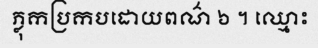
ភ្លុកប្រកបដោយពណ៌ ៦ ។ ឈ្មោះ